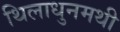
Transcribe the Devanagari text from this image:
थिलाधुनमथी